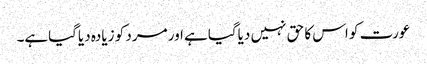
عورت کو اس کا حق نہیں دیاگیاہے اور مرد کو زیادہ دیاگیاہے۔